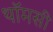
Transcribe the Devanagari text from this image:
थॉमसी